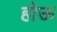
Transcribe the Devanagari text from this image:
होऊ